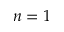
n = 1